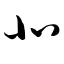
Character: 北